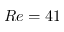
R e = 4 1